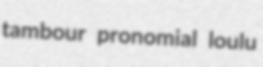
tambour pronomial loulu